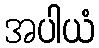
အပါယံ